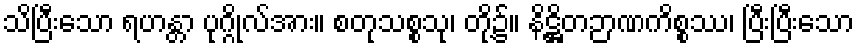
သိပြီးသော ရဟန္တာ ပုဂ္ဂိုလ်အား။ စတုသစ္စသု၊ တို့၌။ နိဋ္ဌိတဉာဏကိစ္စဿ၊ ပြီးပြီးသော